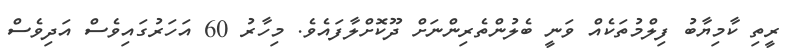
ރީތި ކާމިޔާބު ފިލްމުތަކެއް ވަނީ ބެލުންތެރިންނަށް ދޫކޮށްލާފައެވެ. މިހާރު 60 އަހަރުގައިވެސް އަދިވެސް